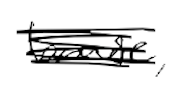
Text: house,
Cross-out: scratch
Writing tool: digital_black